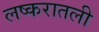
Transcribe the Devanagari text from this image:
लष्करातली